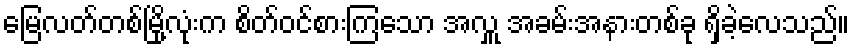
မြေလတ်တစ်မြို့လုံးက စိတ်ဝင်စားကြသော အလှူ အခမ်းအနားတစ်ခု ရှိခဲ့လေသည်။